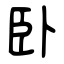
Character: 卧